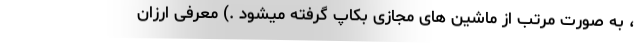
، به صورت مرتب از ماشین های مجازی بکاپ گرفته میشود .) معرفی ارزان